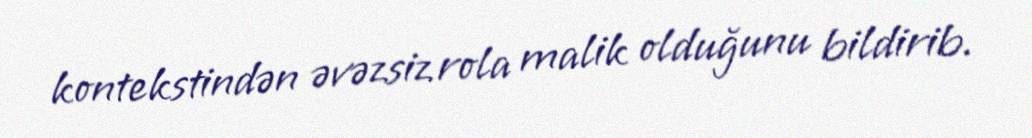
kontekstindən əvəzsiz rola malik olduğunu bildirib.